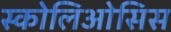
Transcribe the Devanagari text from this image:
स्कोलिओसिस